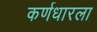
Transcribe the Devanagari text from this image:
कर्णधारला